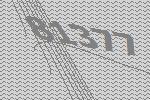
81377